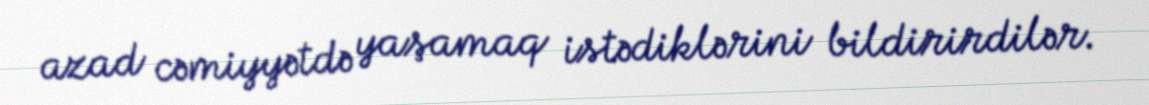
azad cəmiyyətdə yaşamaq istədiklərini bildirirdilər.